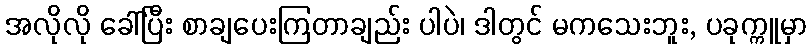
အလိုလို ခေါ်ပြီး စာချပေးကြတာချည်း ပါပဲ၊ ဒါတွင် မကသေးဘူး, ပခုက္ကူမှာ